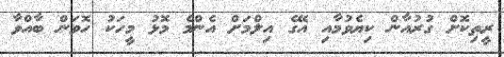
ރީތިކޮށް ގުރުއާން ކިޔެވުމާއި އޭގެ އިލްމަށް އެންމެ މޮޅު މީހަކު ހޮވަން ބާއްވާ